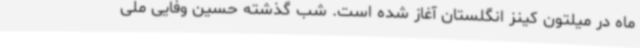
ماه در میلتون کینز انگلستان آغاز شده است. شب گذشته حسین وفایی ملی